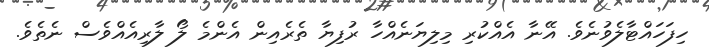
ހިފަހައްޓާލެވުނެވެ. އޭނާ އެއްކުރި މިލިޔަނެއްހާ ރުފިޔާ ތެރެއިން އެންމެ ލޯ ލާރިއެއްވެސް ނެތެވެ.